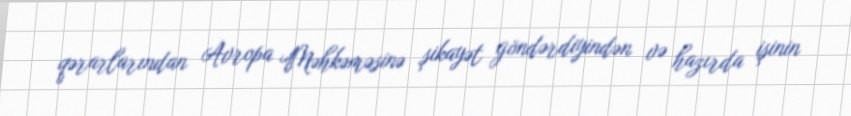
qərarlarından Avropa Məhkəməsinə şikayət göndərdiyindən və hazırda işinin